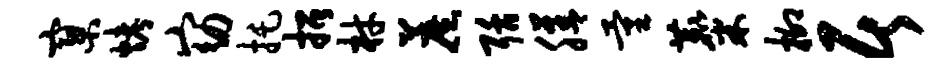
寥烤窈托招材蔗聒膳量麋柳居